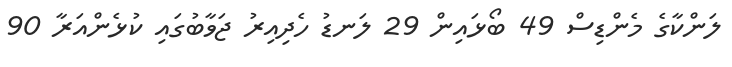
ލަންކާގެ މެންޑިސް 49 ބޯޅައިން 29 ލަނޑު ހެދިއިރު ޖަވާބުގައި ކުޅެންއަރާ 90